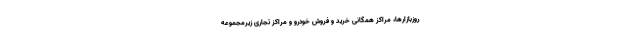
روزبازارها، مراکز همگانی خرید و فروش خودرو و مراکز تجاری زیرمجموعه